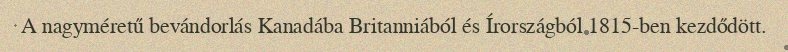
A nagyméretű bevándorlás Kanadába Britanniából és Írországból 1815-ben kezdődött.